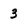
Character: 3